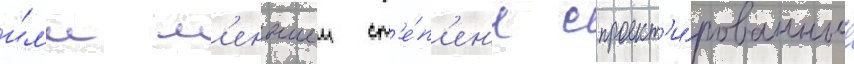
и́л'и м'еньшеи ст'е́п'ен'и спроект'и́рованные